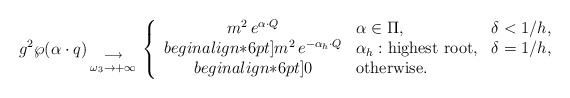
\begin{align*}g^2\wp(\alpha\cdot q) {{}\atop{\longrightarrow\atop{\omega_3\to+\infty}}} \left\{ \begin{array}{cll} m^2\,e^{\alpha\cdot Q} &\alpha\in\Pi, &\delta<1/h,\\begin{align*}6pt] m^2\,e^{-\alpha_h\cdot Q} &\alpha_h: \mbox{highest root}, &\delta=1/h,\\begin{align*}6pt] 0&\mbox{otherwise.}& \end{array} \right. \end{align*}